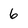
Character: 6